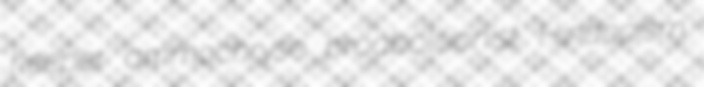
keeper ammochryse proabolitionist Hindooism